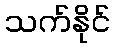
သက်နိုင်